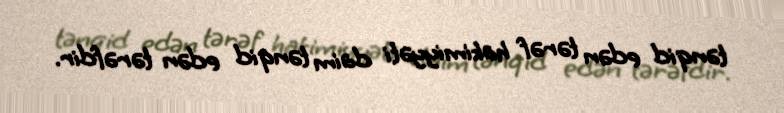
tənqid edən tərəf hakimiyyəti daim tənqid edən tərəfdir.